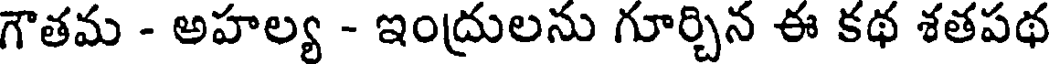
గౌతమ - అహల్య - ఇంద్రులను గూర్చిన ఈ కథ శతపథ